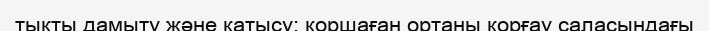
тықты дамыту және қатысу; қоршаған ортаны қорғау саласындағы